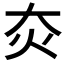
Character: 𤆍